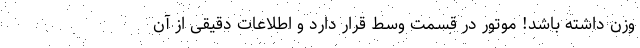
وزن داشته باشد! موتور در قسمت وسط قرار دارد و اطلاعات دقیقی از آن